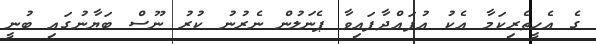
ގެ އެހީތެރިކަމާ އެކު އުފައްދާފައިވާ ޕެނަލުން ނެރުނު ކުރު ނޫސް ބަޔާނުގައި ބުނީ